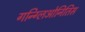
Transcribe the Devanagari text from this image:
गन्ग्लिओनितिस